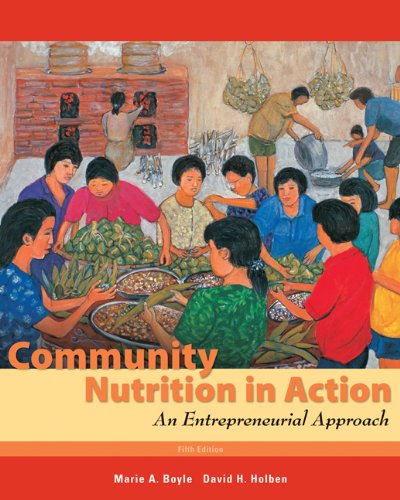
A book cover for Community Nutrition in Action: An Entrepreneurial Approach (Available Titles Diet Analysis Plus); Marie A. Boyle; Medical Books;